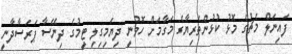
ފައިނަލް މެޗުގެ މޮޅު ކުޅުންތެރިޔާގެ މަގާމަށް ހޮވުނީ ދިޔަމިގިލި ޓީމުގެ ދިނޭސާ ޕަރަސާދާނީ